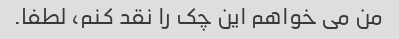
من می خواهم این چک را نقد کنم، لطفا.